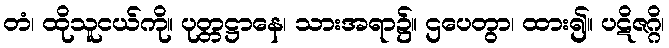
တံ၊ ထိုသူငယ်ကို။ ပုတ္တဋ္ဌာနေ၊ သားအရာ၌။ ဌပေတွာ၊ ထား၍။ ပဋိဇဂ္ဂိ၊